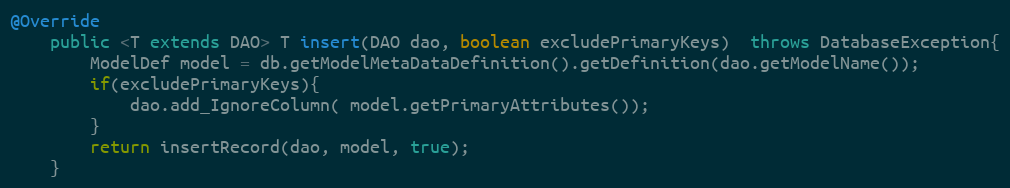
Language: Java
@Override
	public <T extends DAO> T insert(DAO dao, boolean excludePrimaryKeys)  throws DatabaseException{
		ModelDef model = db.getModelMetaDataDefinition().getDefinition(dao.getModelName());
		if(excludePrimaryKeys){
			dao.add_IgnoreColumn( model.getPrimaryAttributes());
		}
		return insertRecord(dao, model, true);
	}